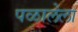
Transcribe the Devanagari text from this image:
पळालेला